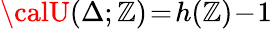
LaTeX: {\calU}(\Delta;\mathbb{Z})\! =\! h(\mathbb{Z})\! -\! 1